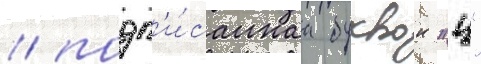
/ подп'и́саннаа буквои "ц"